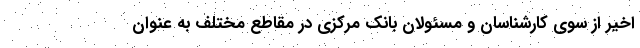
اخیر از سوی کارشناسان و مسئولان بانک مرکزی در مقاطع مختلف به عنوان